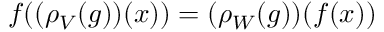
f ( ( \rho _ { V } ( g ) ) ( x ) ) = ( \rho _ { W } ( g ) ) ( f ( x ) )